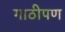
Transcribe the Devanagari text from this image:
गाठीपण